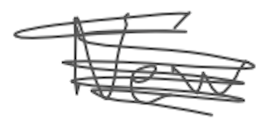
Text: New
Cross-out: scratch
Writing tool: digital_gray